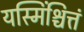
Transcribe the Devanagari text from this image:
यस्मिंश्चित्तं